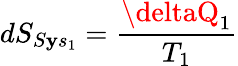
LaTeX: dS_{S\mathbf{y}s_{1}}={\frac{{\deltaQ_{1}}}{{T_{1}}}}